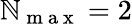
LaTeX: \mathbb{N}_{\mathrm{{~m~a~x~}}}=2